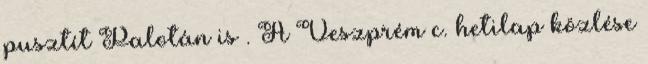
pusztít Palotán is . A Veszprém c. hetilap közlése